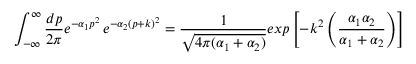
\int _ { - \infty } ^ { \infty } { \frac { d p } { 2 \pi } } e ^ { - \alpha _ { 1 } p ^ { 2 } } \, e ^ { - \alpha _ { 2 } ( p + k ) ^ { 2 } } = { \frac { 1 } { \sqrt { 4 \pi ( \alpha _ { 1 } + \alpha _ { 2 } ) } } } e x p \left[ - k ^ { 2 } \left( { \frac { \alpha _ { 1 } \alpha _ { 2 } } { \alpha _ { 1 } + \alpha _ { 2 } } } \right) \right]